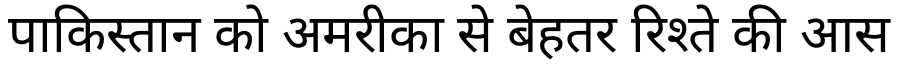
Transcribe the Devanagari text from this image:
पाकिस्तान को अमरीका से बेहतर रिश्ते की आस